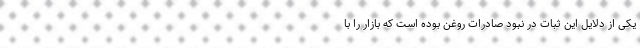
یکی از دلایل این ثبات در نبود صادرات روغن بوده است که بازار را با